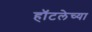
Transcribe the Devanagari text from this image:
हॉटलेच्या